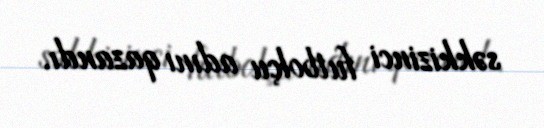
səkkizinci futbolçu adını qazandı.